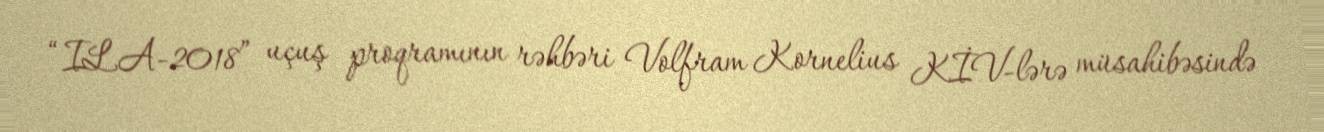
“ILA-2018” uçuş proqramının rəhbəri Volfram Kornelius KİV-lərə müsahibəsində